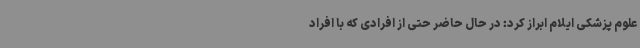
علوم پزشکی ایلام ابراز کرد: در حال حاضر حتی از افرادی که با افراد